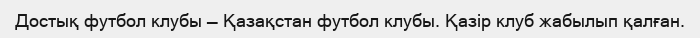
Достық футбол клубы — Қазақстан футбол клубы. Қазір клуб жабылып қалған.